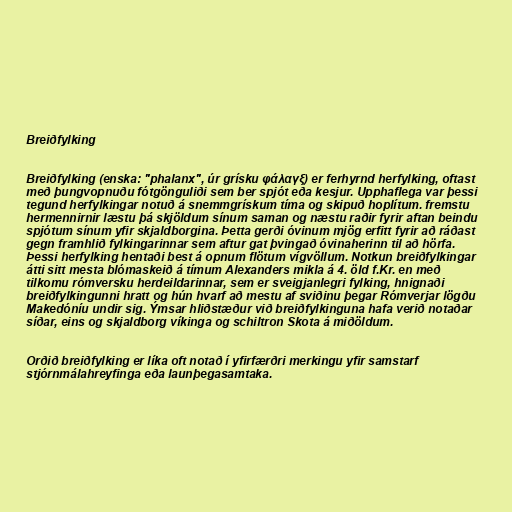
Breiðfylking

Breiðfylking (enska: "phalanx", úr grísku φάλαγξ) er ferhyrnd herfylking, oftast
með þungvopnuðu fótgönguliði sem ber spjót eða kesjur. Upphaflega var þessi
tegund herfylkingar notuð á snemmgrískum tíma og skipuð hoplítum. fremstu
hermennirnir læstu þá skjöldum sínum saman og næstu raðir fyrir aftan beindu
spjótum sínum yfir skjaldborgina. Þetta gerði óvinum mjög erfitt fyrir að ráðast
gegn framhlið fylkingarinnar sem aftur gat þvingað óvinaherinn til að hörfa.
Þessi herfylking hentaði best á opnum flötum vígvöllum. Notkun breiðfylkingar
átti sitt mesta blómaskeið á tímum Alexanders mikla á 4. öld f.Kr. en með
tilkomu rómversku herdeildarinnar, sem er sveigjanlegri fylking, hnignaði
breiðfylkingunni hratt og hún hvarf að mestu af sviðinu þegar Rómverjar lögðu
Makedóníu undir sig. Ýmsar hliðstæður við breiðfylkinguna hafa verið notaðar
síðar, eins og skjaldborg víkinga og schiltron Skota á miðöldum.

Orðið breiðfylking er líka oft notað í yfirfærðri merkingu yfir samstarf
stjórnmálahreyfinga eða launþegasamtaka.